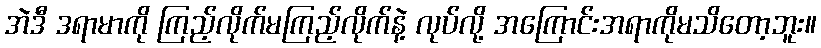
အဲဒီ ဒရာမာကို ကြည့်လိုက်မကြည့်လိုက်နဲ့ လုပ်လို့ အကြောင်းအရာကိုမသိတော့ဘူး။